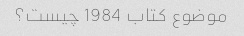
موضوع کتاب 1984 چیست؟